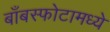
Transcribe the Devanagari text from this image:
बाँबस्फोटामध्ये